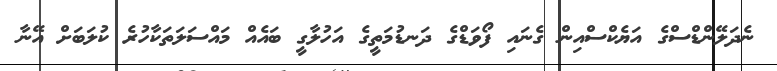
ނެދަލޭންޑްސްގެ އަޔެކްސްއިން ގެނައި ފޯވަޑްގެ ދަނޑުމަތީގެ އަހުލާގީ ބައެއް މައްސަލަތަކާހުރެ ކުލަބަށް އޭނާ